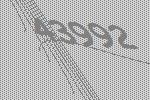
43992